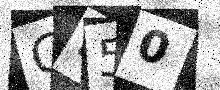
Text: G950